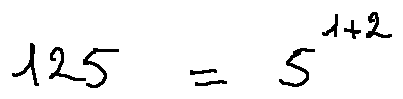
1 2 5 = 5 ^ { 1 + 2 }